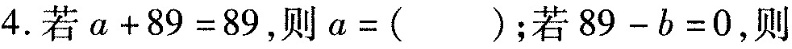
4. 若$$ a+89=89 $$，则$$ a=() $$；若$$89-b=0$$，则